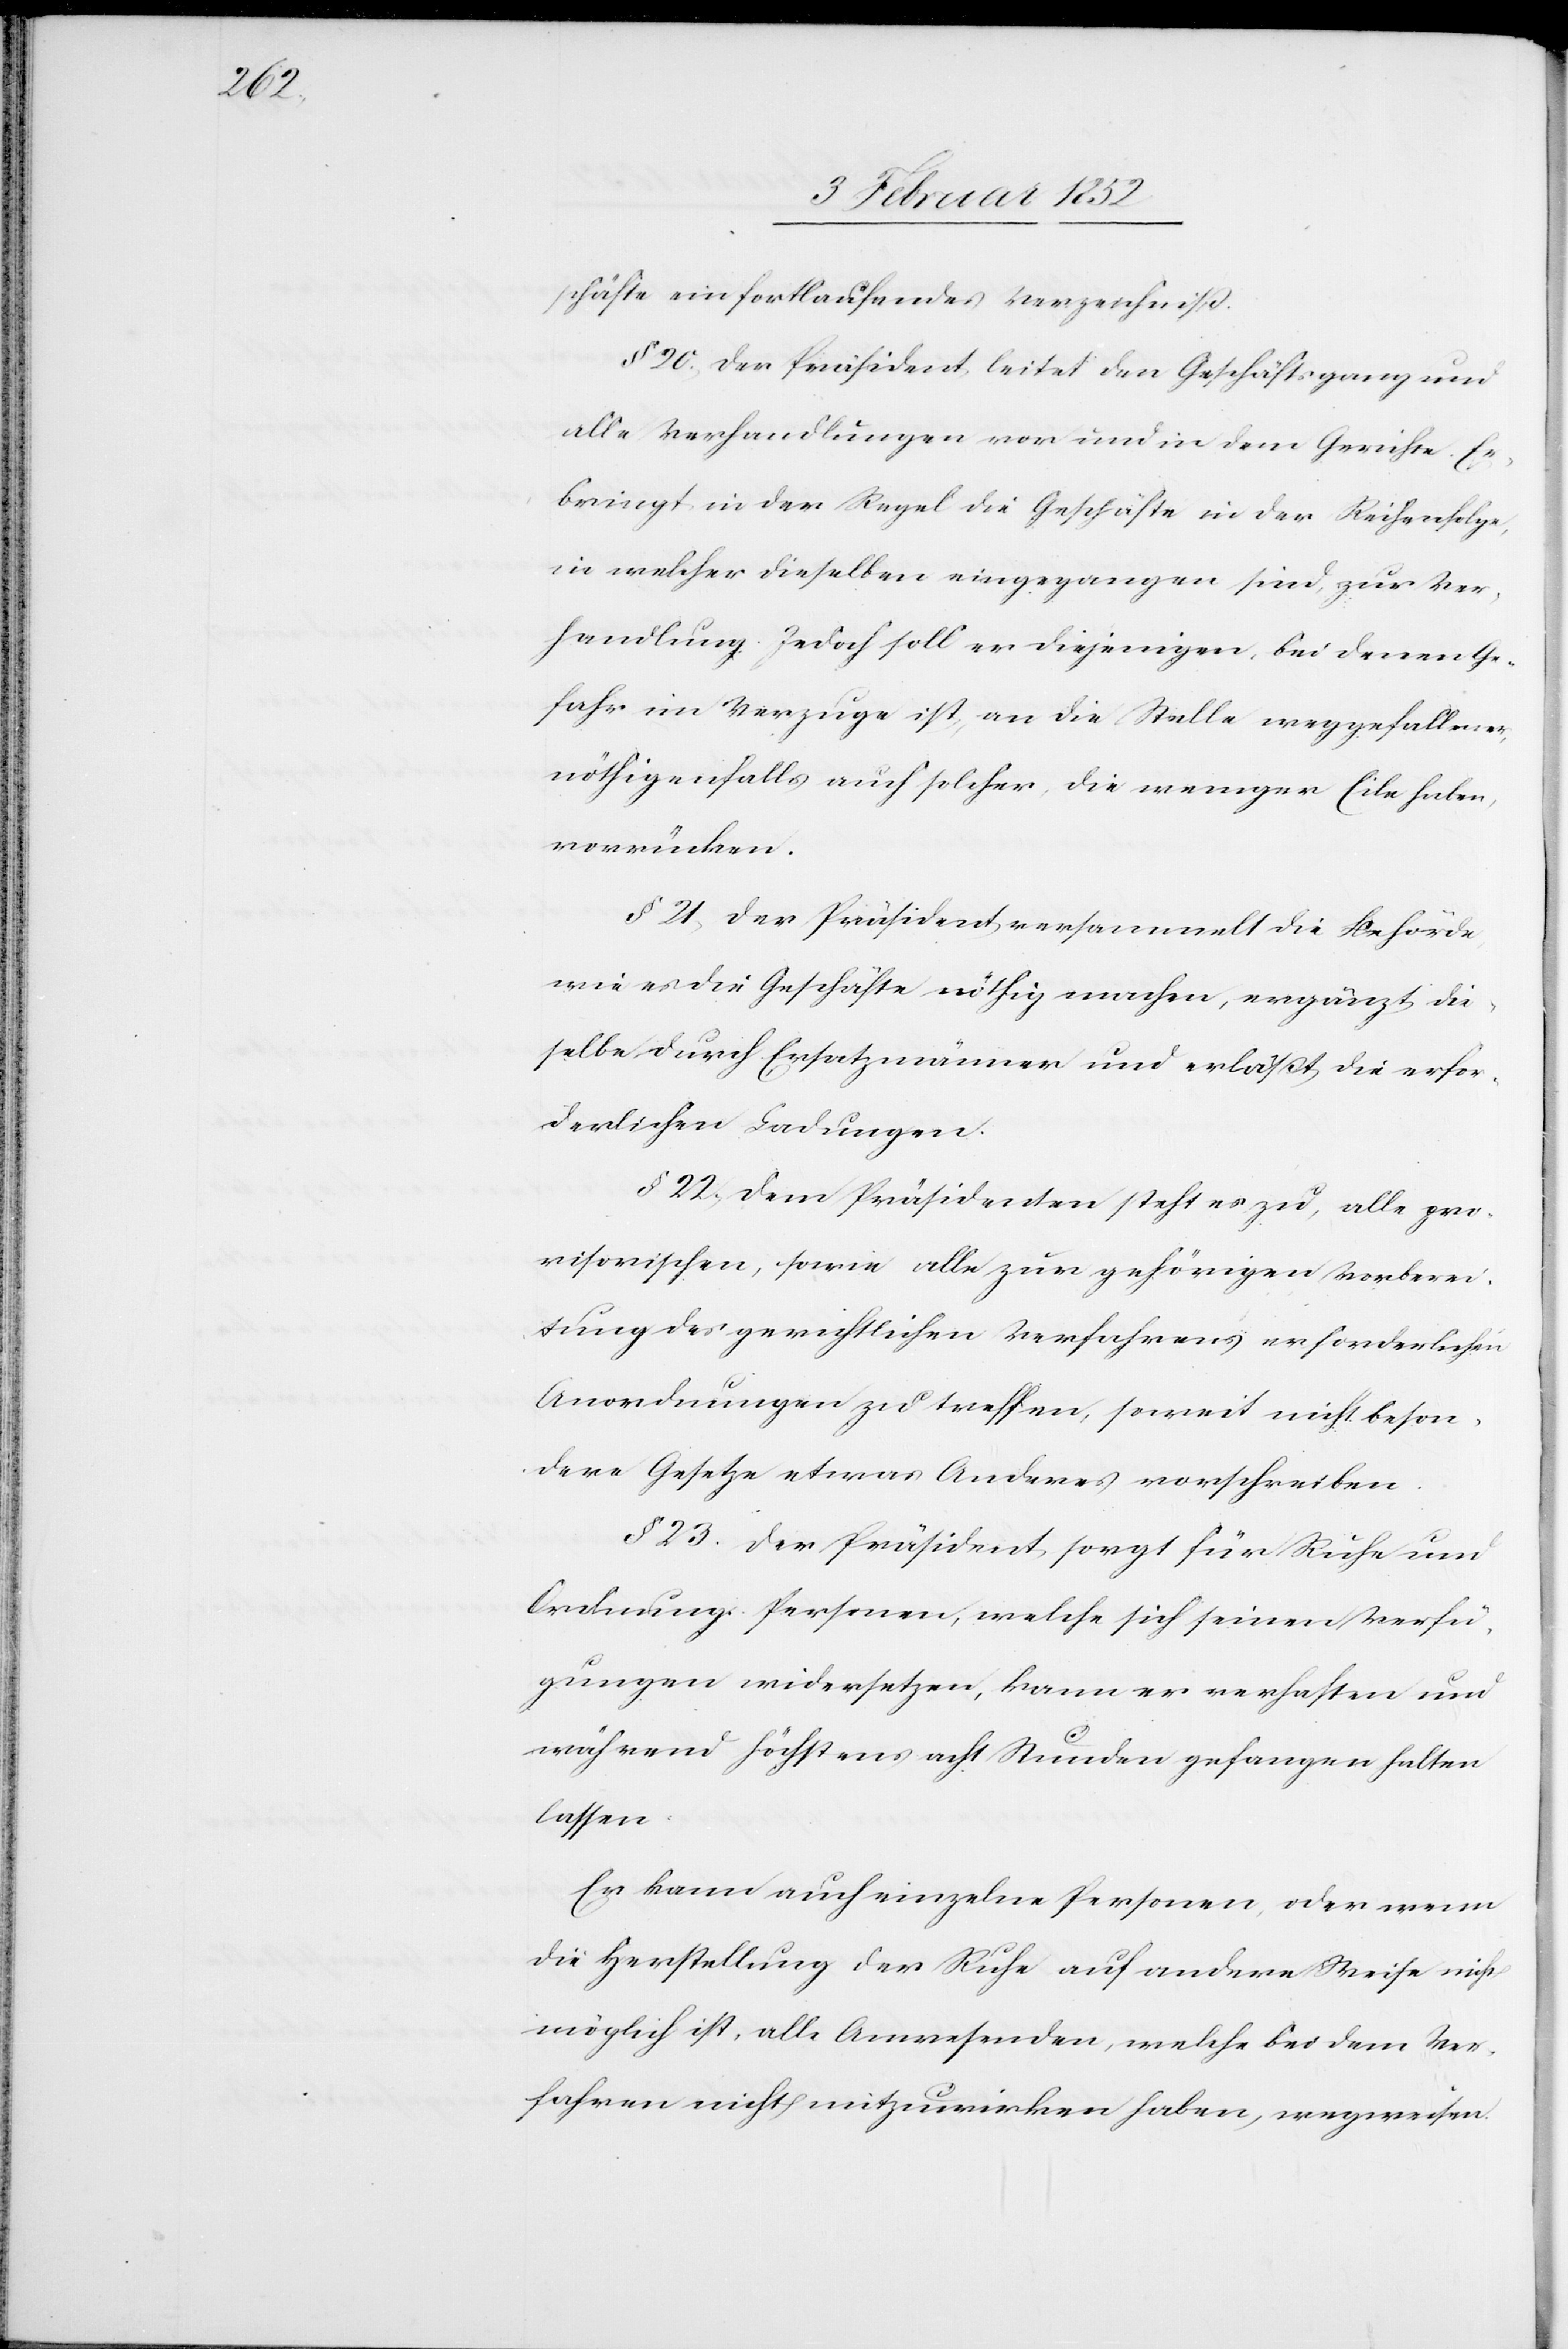
schäfte ein fortlaufendes Verzeichniß.
§ 20.) Der Präsident leitet den Geschäftsgang und
alle Verhandlungen von und in dem Gerichte. Er
bringt in der Regel die Geschäfte in der Reihenfolge
in welcher dieselben eingegangen sind, zur Ver¬
handlung. Jedoch soll er diejenigen, bei denen Ge¬
fahr im Verzuge ist, an die Stelle weggefallener,
nöthigenfalls auch solcher, die weniger Eile haben,
vorrücken.
§ 21) Der Präsident versammelt die Behörde
wie es die Geschäfte nöthig machen, ergänzt die¬
selbe durch Ersatzmänner und erläßt die erfor¬
derlichen Ladungen.
§ 22.) Dem Präsidenten steht es zu, alle pro¬
visorischen, sowie alle zur gehörigen Vorberei¬
tung des gerichtlichen Verfahrens erforderlichen
Anordnungen zu treffen, soweit nicht beson¬
dere Gesetze etwas Anderes vorschreiben.
§ 23. Der Präsident sorgt für Ruhe und
Ordnung. Personen, welche sich seinen Verfü¬
gungen widersetzen, kann er verhaften und
während höchstens acht Stunden gefangen halten
lassen.
Er kann auch einzelne Personen, oder wenn
die Herstellung der Ruhe auf andere Weise nicht
möglich ist, alle Anwesenden, welche bei dem Ver¬
fahren nicht mitzuwirken haben, wegweisen.